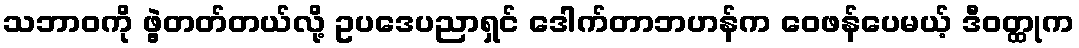
သဘာဝကို ဖွဲ့တတ်တယ်လို့ ဥပဒေပညာရှင် ဒေါက်တာဘဟန်က ဝေဖန်ပေမယ့် ဒီဝတ္ထုက